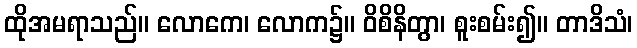
ထိုအမရာသည်။ လောကေ၊ လောက၌။ ဝိစိနိတွာ၊ စူးစမ်း၍။ တာဒိသံ၊